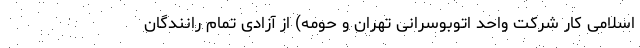
اسلامی کار شرکت واحد اتوبوسرانی تهران و حومه) از آزادی تمام رانندگان